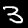
Digit: 3